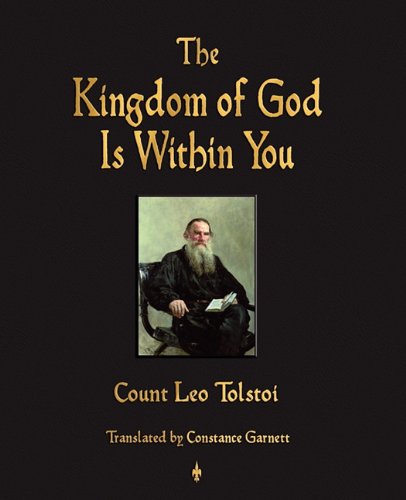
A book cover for The Kingdom of God Is Within You; Leo Nikolayevich Tolstoy; Religion & Spirituality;